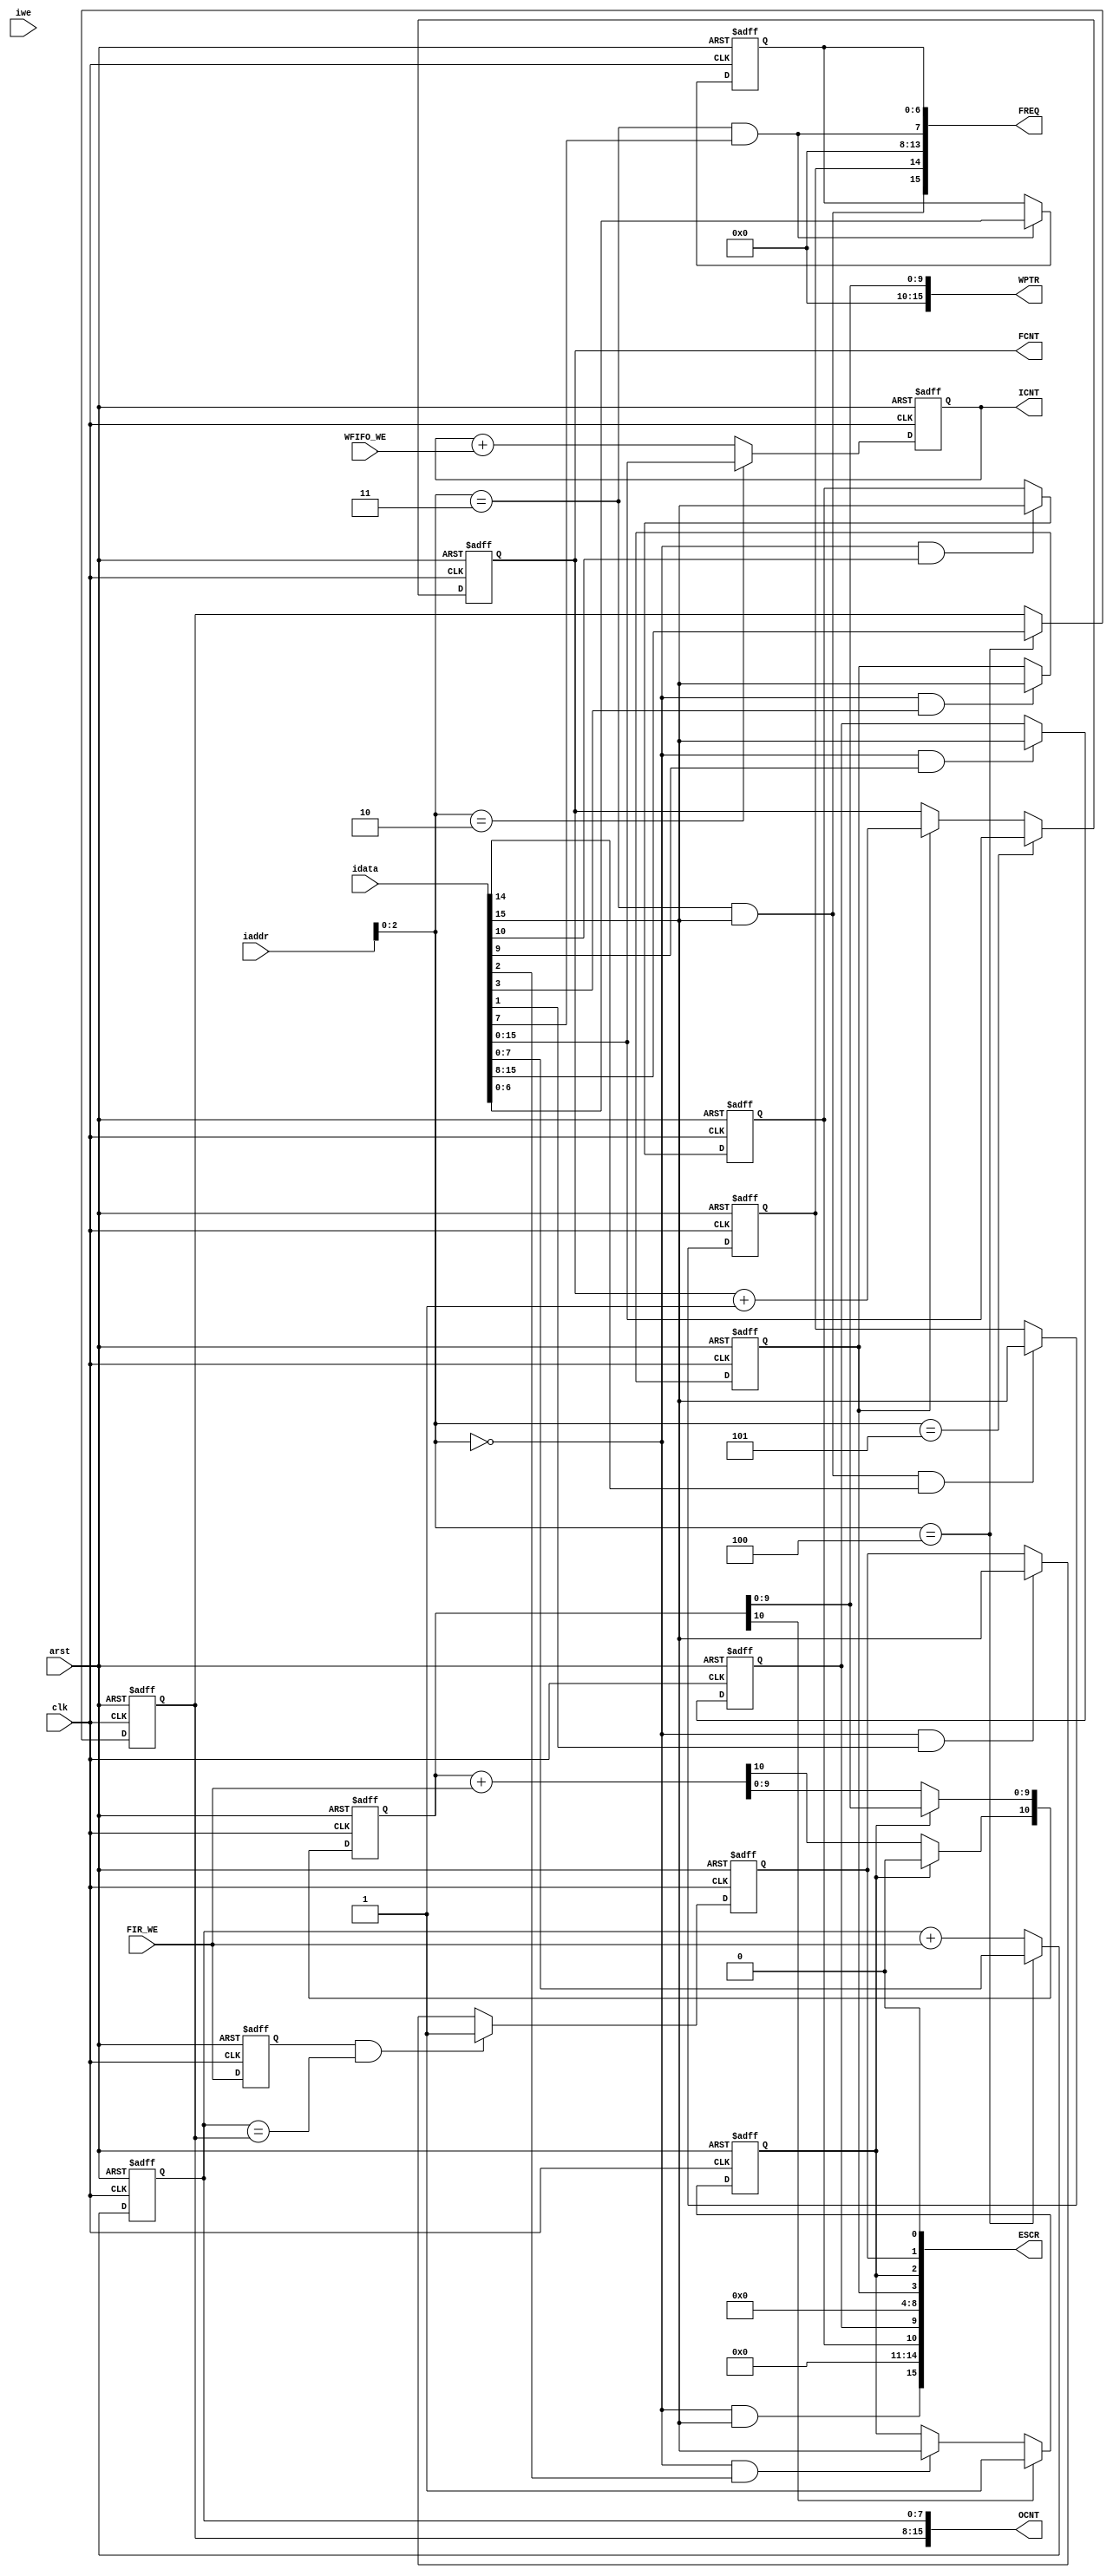
module iReg_2
  (
   ESCR, WPTR, ICNT, FREQ, OCNT, FCNT,
   clk, arst, idata, iaddr, iwe, FIR_WE, WFIFO_WE
   );
   parameter         r0setclr      = 15;        
   parameter         initWM        = 8'hFF;
   input             clk;          
   input             arst;         
   input [23:0]      idata;
   input [13:0]      iaddr;
   input 	     iwe;
   input 	     FIR_WE;
   input 	     WFIFO_WE;
   output [15:0]     ESCR;
   output [15:0]     WPTR;
   output [15:0]     ICNT;
   output [15:0]     FREQ;
   output [15:0]     OCNT;
   output [15:0]     FCNT;
   reg               OVFL_MSK;     
   reg               WMI_MSK;      
   reg               OVFL;         
   reg               WMI;          
   reg [15:0]        ICNT;         
   reg [7:0] 	     OCNT_WM;      
   reg [7:0] 	     OCNT_int;     
   reg 		     FIR_WE_dly1;
   reg [10:0] 	     CPTR;
   reg [15:0] 	     FCNT;
   reg [6:0] 	     FREQ_int;
   reg 		     NEWFREQ;
   reg 		     START;
   wire              setclr;
   wire 	     reg0w;
   wire 	     reg1w;
   wire 	     reg2w;
   wire 	     reg3w;
   wire 	     reg4w;
   assign setclr = reg0w & idata[r0setclr];
   assign reg0w = iaddr[2:0] == 3'h0;
   always @ (posedge clk or posedge arst)  
     if (arst !== 1'b0)
       OVFL_MSK <= 1'b0;
     else if (reg0w & idata[10])
       OVFL_MSK <= idata[r0setclr];
   always @ (posedge clk or posedge arst)  
     if (arst !== 1'b0)
       WMI_MSK <= 1'b0;
     else if (reg0w & idata[9]) 
       WMI_MSK <= idata[r0setclr];
   always @ (posedge clk or posedge arst)  
     if (arst !== 1'b0)
       OVFL <= 1'b0;     
     else if (CPTR[10] == 1'b1)    
       OVFL <= 1'b1;
     else if (reg0w & idata[2])
       OVFL <= idata[r0setclr];
   always @ (posedge clk or posedge arst)
     if (arst !== 1'b0)
       START <= 1'b0;
     else if (reg0w & idata[3])
       START <= idata[r0setclr];
   always @ (posedge clk or posedge arst)
     if  (arst !== 1'b0)
       FIR_WE_dly1 <= 1'b0;
     else
       FIR_WE_dly1 <= FIR_WE;  
   always @ (posedge clk or posedge arst)
     if (arst !== 1'b0)
       WMI <= 1'b0;
     else if (FIR_WE_dly1 & (OCNT_int[15:0] == OCNT_WM[15:0])) 
       WMI <= 1'b1;
     else if (reg0w & idata[1])
       WMI <= idata[r0setclr];
   assign ESCR[15:0]  = {setclr, 4'd0, OVFL_MSK, WMI_MSK, 5'd0, START, 
			 OVFL, WMI, 1'b0};   
   assign reg1w = iaddr[2:0] == 3'h1;
   always @ (posedge clk or posedge arst)
     if (arst !== 1'b0)
       CPTR[10:0] <= 11'd0;
     else if (OVFL == 1'b1)
       CPTR[10]   <= 1'b0;
     else
       CPTR[10:0] <= CPTR[10:0] + FIR_WE; 
   assign WPTR[15:0] = {6'd0, CPTR[9:0]};
   assign reg2w = iaddr[2:0] == 3'h2;
   always @ (posedge clk or posedge arst)
     if (arst !== 1'b0)
       ICNT[15:0] <= 16'd0;
     else if (reg2w)
       ICNT[15:0] <= idata[15:0];
     else              
       ICNT[15:0] <= ICNT[15:0] + WFIFO_WE;
   assign reg3w = iaddr[2:0] == 3'h3;
   assign setclr3 = reg3w & idata[r0setclr];
   assign setclrf = reg3w & idata[7];
   always @ (posedge clk or posedge arst)
     if (arst !== 1'b0)
       FREQ_int[6:0] <= 7'h41;  
     else if (setclrf)
       FREQ_int[6:0] <= idata[6:0];
   always @ (posedge clk or posedge arst)
     if (arst !== 1'b0)
       NEWFREQ <= 1'b0;
     else if (setclr3 & idata[14])
       NEWFREQ <= idata[r0setclr];
   assign FREQ[15:0] = {setclr3, NEWFREQ, 6'd0, setclrf, FREQ_int[6:0]};
   assign reg4w = iaddr[2:0] == 3'h4;
   always @ (posedge clk or posedge arst)
     if (arst !== 1'b0)
       OCNT_WM[7:0] <= initWM;
     else if (reg4w)
       OCNT_WM[7:0] <= idata[15:8];
   always @ (posedge clk or posedge arst)
     if (arst !== 1'b0)
       OCNT_int[7:0] <= 8'd0;
     else if (reg4w)
       OCNT_int[7:0] <= idata[7:0];
     else                              
       OCNT_int[7:0] <= OCNT_int[7:0] + FIR_WE;
   assign OCNT[15:0] = {OCNT_WM[7:0], OCNT_int[7:0]};
   assign reg5w = iaddr[2:0] == 3'h5;
   always @ (posedge clk or posedge arst)
     if (arst !== 1'b0)
       FCNT[15:0] <= 16'd0;
     else if (reg5w)
       FCNT[15:0] <= idata[15:0];
     else if (START)
       FCNT[15:0] <= FCNT[15:0] + 1;   
endmodule